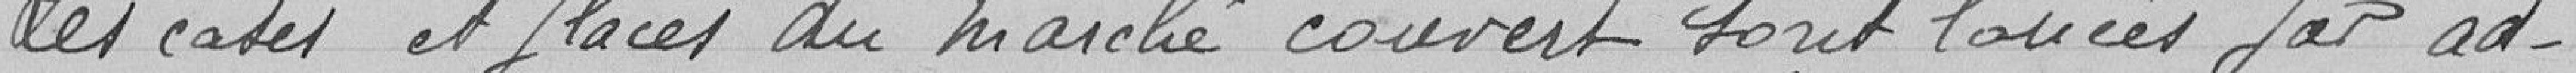
Total                                37.000.